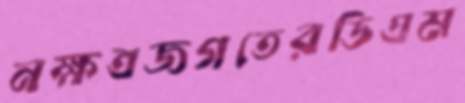
নক্ষত্রজগতেরডিএম